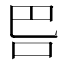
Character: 𭇋